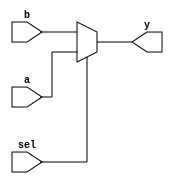
// Class: CSCI 401 Computer Architecture
// Term: SPR11
// Name(s): 
//
// Lab #1: Instruction Fetch Stage

//                              -*- Mode: Verilog -*-
// Description     : The multiplexer module 
//                   of the IF stage of the pipeline
// Modified By     : Jason Fredrick and David Sturgeon

module mux (
   output wire [31:0] y,     // Output of Multiplexer
   input wire  [31:0] a,     // Input 1 of Multiplexer
                      b,     // Input 0 of Multiplexer
   input wire  sel           // Select Input
   );
   
   assign	y = sel ? a : b;
endmodule // mux